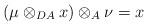
LaTeX: \begin{align*}(\mu \otimes _{DA} x)\otimes _A \nu = x\end{align*}